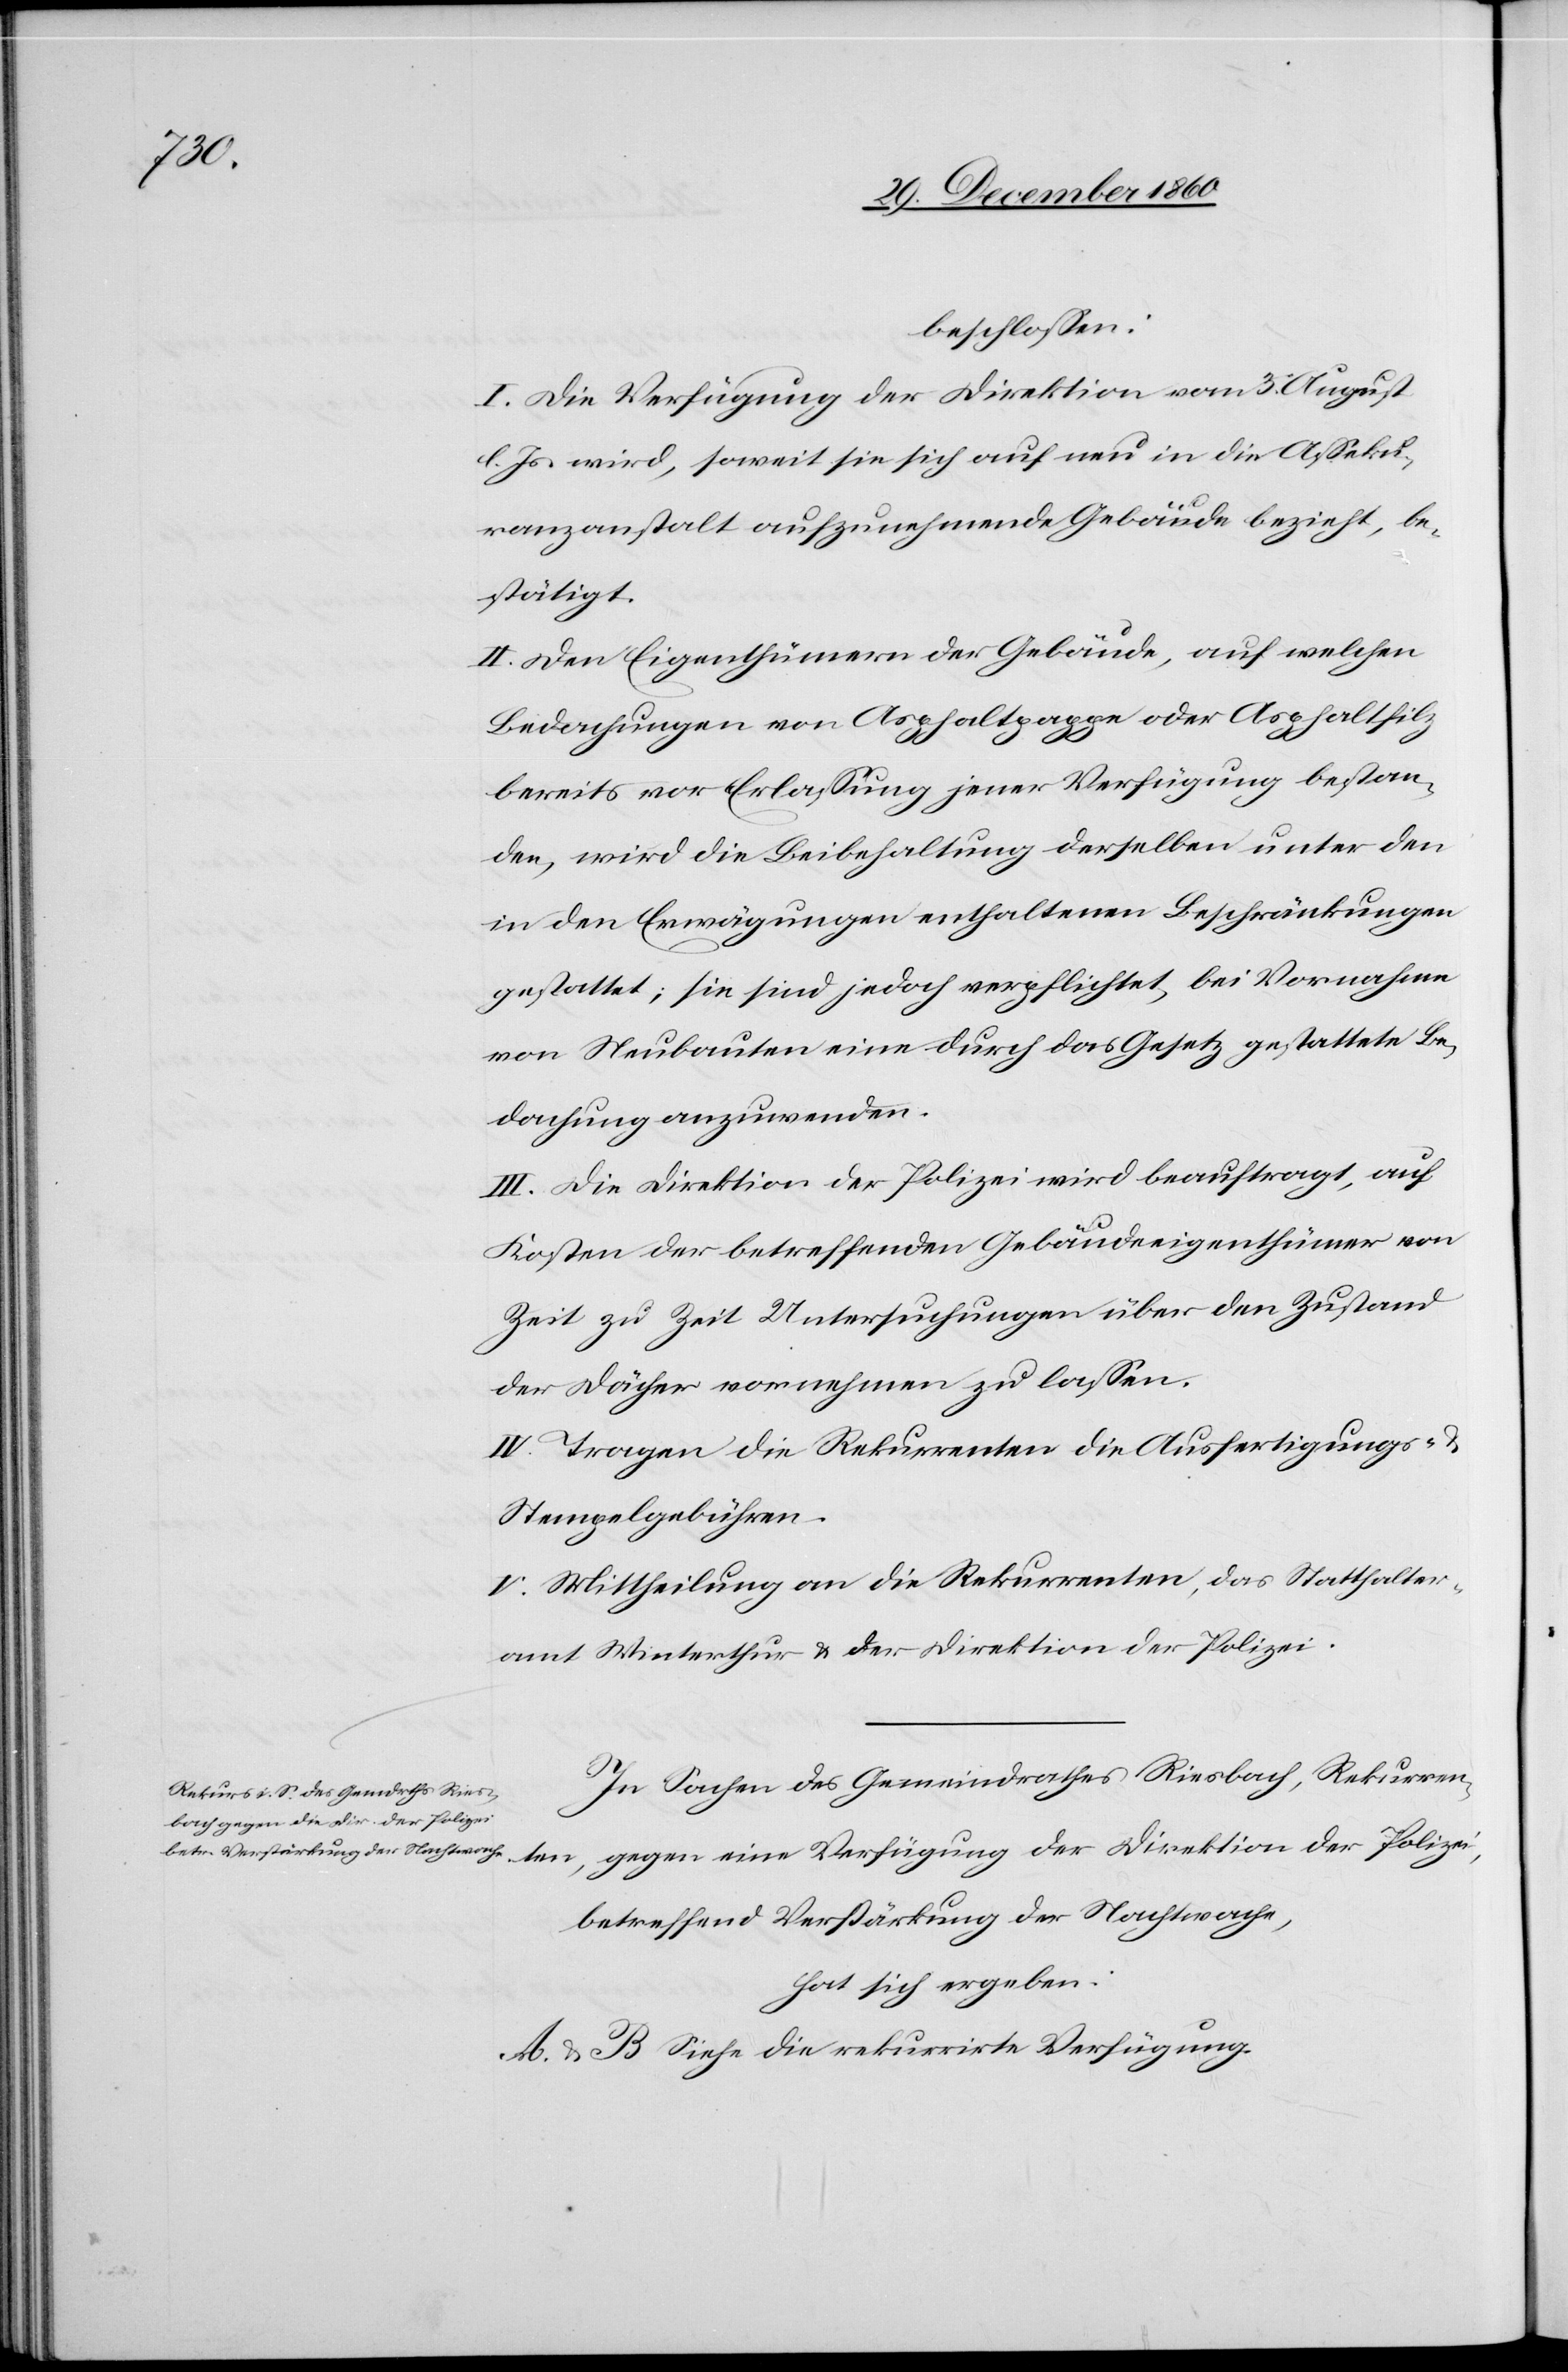
beschlossen:
I. Die Verfügung der Direktion vom 3. August
l. Js. wird, soweit sie sich auf neu in die Asseku¬
ranzanstalt aufzunehmende Gebäude bezieht, be¬
stätigt.
II. Den Eigenthümern der Gebäude, auf welchen
Bedachungen von Asphaltpappe oder Asphaltfilz
bereits vor Erlassung jener Verfügung bestan¬
den, wird die Beibehaltung derselben unter den
in den Erwägungen enthaltenen Beschränkungen
gestattet; sie sind jedoch verpflichtet, bei Vornahme
von Neubauten eine durch das Gesetz gestattete Be¬
dachung anzuwenden.
III. Die Direktion der Polizei wird beauftragt, auf
Kosten der betreffenden Gebäudeeigenthümer von
Zeit zu Zeit Untersuchungen über den Zustand
der Dächer vornehmen zu lassen.
IV. Tragen die Rekurrenten die Ausfertigungs- u.
Stempelgebühren.
V. Mittheilung an die Rekurrenten, das Statthalter¬
amt Winterthur u. der Direktion der Polizei.
In Sachen des Gemeindrathes Riesbach, Rekurren¬
ten, gegen eine Verfügung der Direktion der Polizei
betreffend Verstärkung der Nachtwache,
hat sich ergeben:
A u. B. Siehe die rekurrirte Verfügung.